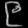
Digit: ၉